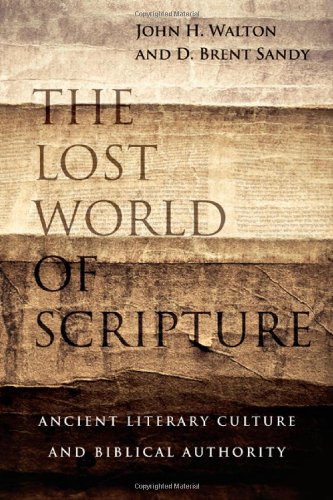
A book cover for The Lost World of Scripture: Ancient Literary Culture and Biblical Authority; John H Walton; Christian Books & Bibles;